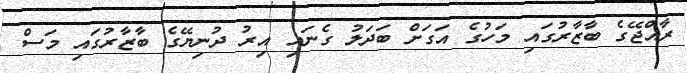
ރާއްޖޭގެ ބާޒާރުގައި މަހުގެ އަގަށް ބަދަލު ގެނައި އިރު ދުނިޔޭގެ ބާޒާރުގައި މަސް